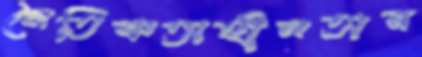
নৈতিকতাহীনতার